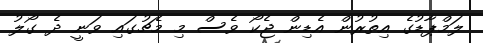
ލަމްޕާޑުގެ އިތުރުން އެޑިން ޖެކޯ ވެސް މި މެޗުގައި ވަނީ ދެ ގޯލު